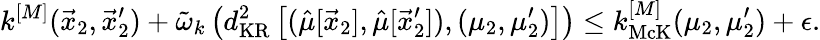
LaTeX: k^{[M]}(\vec{x}_{2},\vec{x}_{2}^{\prime})+\tilde{\omega}_{k}\left(d_{\mathrm{KR}}^{2}\left[(\hat{\mu}[\vec{x}_{2}],\hat{\mu}[\vec{x}_{2}^{\prime}]),(\mu_{2},\mu_{2}^{\prime})\right]\right)\leq k_{\mathrm{McK}}^{[M]}(\mu_{2},\mu_{2}^{\prime})+\epsilon.